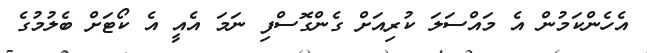
އެހެންކަމުން އެ މައްސަލަ ކުރިއަށް ގެންގޮސްފި ނަމަ އެއީ އެ ކޯޓަށް ބެލުމުގެ